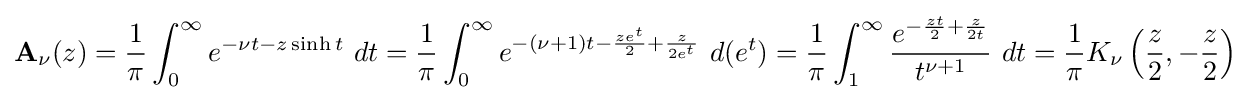
\mathbf {A} _{\nu }(z)={\frac {1}{\pi }}\int _{0}^{\infty }e^{-\nu t-z\sinh t}~dt={\frac {1}{\pi }}\int _{0}^{\infty }e^{-(\nu +1)t-{\frac {ze^{t}}{2}}+{\frac {z}{2e^{t}}}}~d(e^{t})={\frac {1}{\pi }}\int _{1}^{\infty }{\frac {e^{-{\frac {zt}{2}}+{\frac {z}{2t}}}}{t^{\nu +1}}}~dt={\frac {1}{\pi }}K_{\nu }\left({\frac {z}{2}},-{\frac {z}{2}}\right)